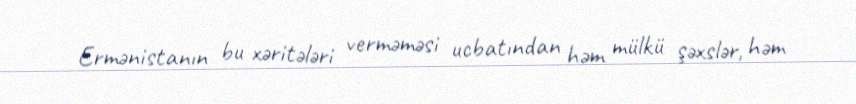
Ermənistanın bu xəritələri verməməsi ucbatından həm mülkü şəxslər, həm